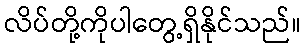
လိပ်တို့ကိုပါတွေ့ရှိနိုင်သည်။